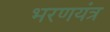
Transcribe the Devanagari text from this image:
भरणयंत्र